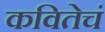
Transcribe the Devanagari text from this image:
कवितेचं